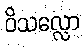
ဝိသလ္လော